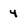
Character: 4